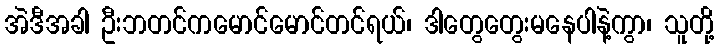
အဲဒီအခါ ဦးဘတင်ကမောင်မောင်တင်ရယ်၊ ဒါတွေတွေးမနေပါနဲ့ကွာ၊ သူတို့